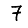
Digit: 7